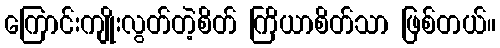
ကြောင်းကျိုးလွတ်တဲ့စိတ် ကြိယာစိတ်သာ ဖြစ်တယ်။